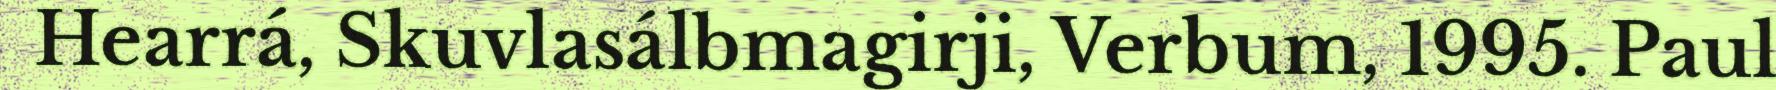
Hearrá, Skuvlasálbmagirji, Verbum, 1995. Paul